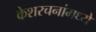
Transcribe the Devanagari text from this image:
केशरचनांमध्ये